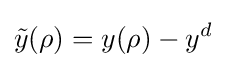
{\tilde {y}}(\rho )=y(\rho )-y^{d}